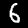
Label: 6